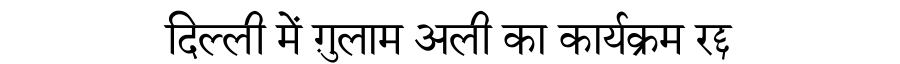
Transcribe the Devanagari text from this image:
दिल्ली में ग़ुलाम अली का कार्यक्रम रद्द